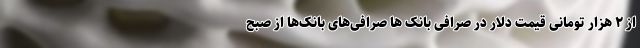
از ۲ هزار تومانی قیمت دلار در صرافی بانک ها صرافی‌های بانک‌ها از صبح